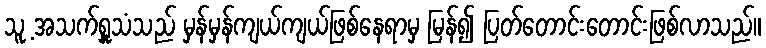
သူ့ အသက်ရှူသံသည် မှန်မှန်ကျယ်ကျယ်ဖြစ်နေရာမှ မြန်၍ ပြတ်တောင်းတောင်းဖြစ်လာသည်။